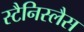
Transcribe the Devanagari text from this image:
स्टैनिस्लैस